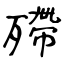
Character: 殢